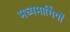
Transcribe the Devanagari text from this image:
मध्यमार्गियों